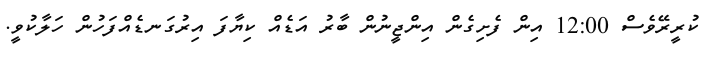
ކުރީރޭވެސް 12:00 އިން ފެށިގެން އިންޖީނުން ބާރު އަޑެއް ކިޔާފަ އިރުގަނޑެއްފަހުން ހަލާކުވީ.